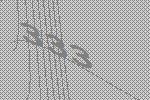
333